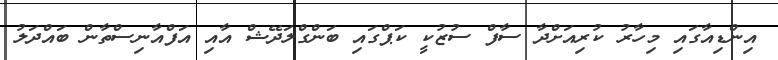
އިންޑިއާގައި މިހާރު ކުރިއަށްދާ ސާފް ސުޒުކީ ކަޕްގައި ބަންގްލަދޭޝް އާއި އަފްއާނިސްތާން ބައްދަލު